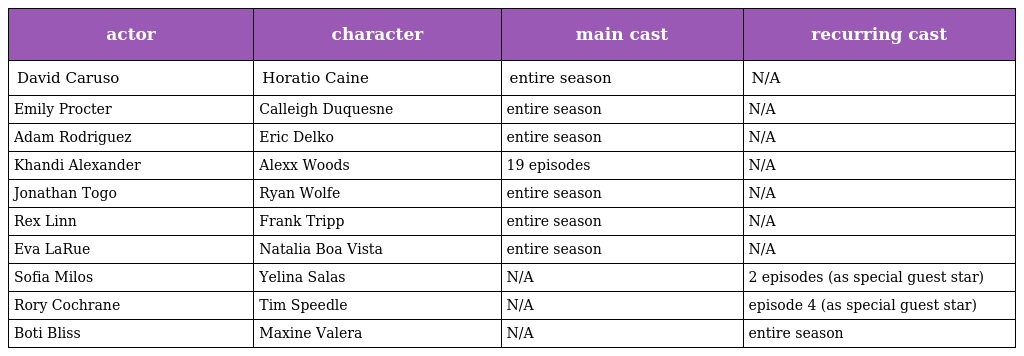
| actor | character | main cast | recurring cast |
 | --- | --- | --- | --- |
 | David Caruso | Horatio Caine | entire season | N/A |
 | Emily Procter | Calleigh Duquesne | entire season | N/A |
 | Adam Rodriguez | Eric Delko | entire season | N/A |
 | Khandi Alexander | Alexx Woods | 19 episodes | N/A |
 | Jonathan Togo | Ryan Wolfe | entire season | N/A |
 | Rex Linn | Frank Tripp | entire season | N/A |
 | Eva LaRue | Natalia Boa Vista | entire season | N/A |
 | Sofia Milos | Yelina Salas | N/A | 2 episodes (as special guest star) |
 | Rory Cochrane | Tim Speedle | N/A | episode 4 (as special guest star) |
 | Boti Bliss | Maxine Valera | N/A | entire season |